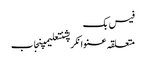
فیس بک
متعلقہ عنوانکرپشنتعلیمپنجاب